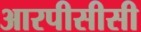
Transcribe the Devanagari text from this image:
आरपीसीसी